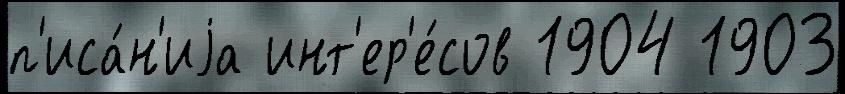
п'иса́н'иjа инт'ер'е́сов 1904 1903